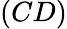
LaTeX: (CD)